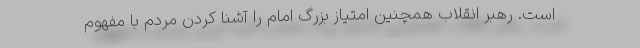
است. رهبر انقلاب همچنین امتیاز بزرگ امام را آشنا کردن مردم با مفهوم